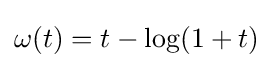
\omega (t)=t-\log(1+t)